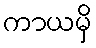
ကာယမှိ